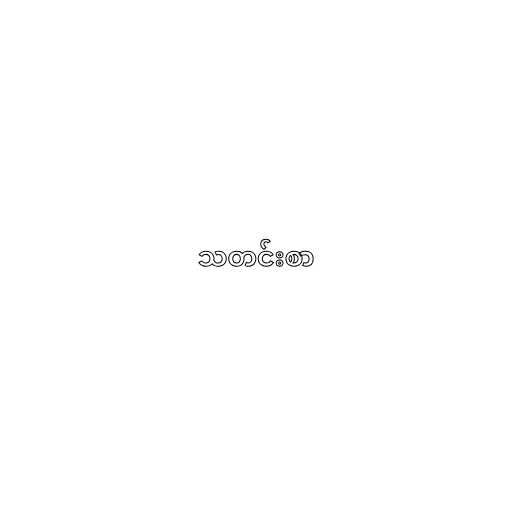
သတင်းစာ